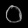
Digit: ၀